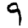
Digit: 9